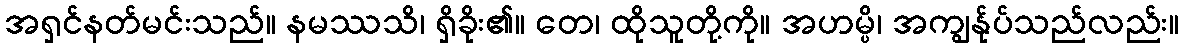
အရှင်နတ်မင်းသည်။ နမဿသိ၊ ရှိခိုး၏။ တေ၊ ထိုသူတို့ကို။ အဟမ္ပိ၊ အကျွန်ုပ်သည်လည်း။